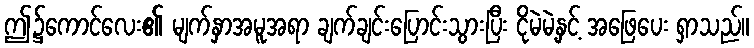
ဤ၌ကောင်လေး၏ မျက်နှာအမူအရာ ချက်ချင်းပြောင်းသွားပြီး ငိုမဲမဲ့နှင့် အဖြေပေး ရှာသည်။